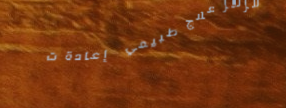
مركز علاج طبيعي   إعادة ت